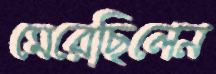
মেরেছিলেন